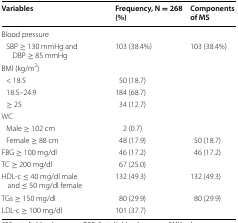
<table><thead><tr><td><b>Variables</b></td><td><b>Frequency, N = 268 (%)</b></td><td><b>Components of MS</b></td></tr></thead><tbody><tr><td colspan="3">Blood pressure</td></tr><tr><td> SBP ≥ 130 mmHg and DBP ≥ 85 mmHg</td><td>103 (38.4%)</td><td>103 (38.4%)</td></tr><tr><td colspan="3">BMI (kg/m<sup>2</sup>)</td></tr><tr><td> &lt; 18.5</td><td>50 (18.7)</td><td></td></tr><tr><td> 18.5–24.9</td><td>184 (68.7)</td><td></td></tr><tr><td> ≥ 25</td><td>34 (12.7)</td><td></td></tr><tr><td colspan="3">WC</td></tr><tr><td> Male ≥ 102 cm</td><td>2 (0.7)</td><td></td></tr><tr><td> Female ≥ 88 cm</td><td>48 (17.9)</td><td>50 (18.7)</td></tr><tr><td>FBG ≥ 100 mg/dl</td><td>46 (17.2)</td><td>46 (17.2)</td></tr><tr><td>TC ≥ 200 mg/dl</td><td>67 (25.0)</td><td></td></tr><tr><td>HDL-c ≤ 40 mg/dl male and ≤ 50 mg/dl female</td><td>132 (49.3)</td><td>132 (49.3)</td></tr><tr><td>TGs ≥ 150 mg/dl</td><td>80 (29.9)</td><td>80 (29.9)</td></tr><tr><td>LDL-c ≥ 100 mg/dl</td><td>101 (37.7)</td><td></td></tr></tbody></table>